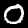
Digit: 0